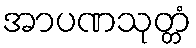
အာပဏသုတ္တံ